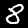
Digit: 8